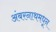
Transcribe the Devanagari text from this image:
अंबरनाथमधून